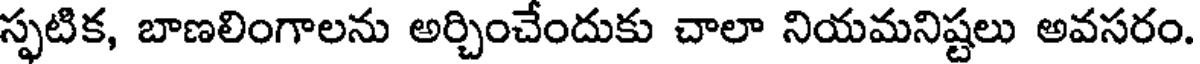
స్ఫటిక, బాణలింగాలను అర్చించేందుకు చాలా నియమనిష్టలు అవసరం.